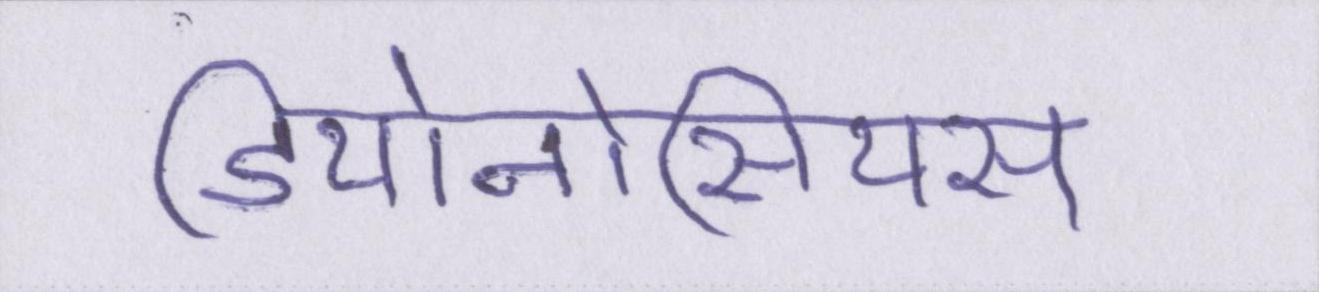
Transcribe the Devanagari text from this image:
डियोनोसियस